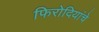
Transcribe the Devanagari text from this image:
फिरोदियांचे